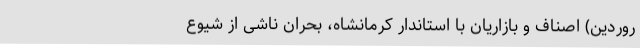
روردین) اصناف و بازاریان با استاندار کرمانشاه، بحران ناشی از شیوع